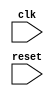
module timing_control_and_synchronization(
    input wire clk,
    input wire reset,
    // Add other input/output ports as needed
);

// Timing control logic
reg [7:0] counter;
always @(posedge clk or posedge reset) begin
    if (reset) begin
        counter <= 8'b00000000;
    end else begin
        if (counter == 8'hFF) begin
            // Generate clock signals for peripherals (if needed)
            // Manage data transfer timings
            counter <= 8'b00000000;
        end else begin
            counter <= counter + 1;
        end
    end
end

// Synchronization logic
reg data_in_sync;
// Add more synchronization logic as needed

endmodule